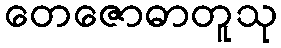
တေဇောဓာတူသု